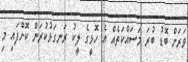
ވަރަށް ބޮޑު ބުރަ މަސައްކަތެއް އެ ހޮޅީގެ ލީކު ރަނގަޅުކުރަން ކޮށްފައި މި